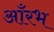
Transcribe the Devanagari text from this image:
आँरभ